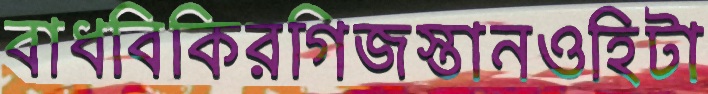
বাধবিকিরগিজস্তানওহিটা